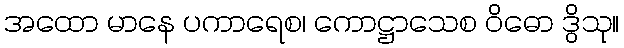
အထော မာနေ ပကာရေစ၊ ကောဋ္ဌာသေစ ဝိဓော ဒွိသု။